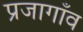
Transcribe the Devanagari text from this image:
प्रजागाँव